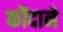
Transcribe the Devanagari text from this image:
कोंदाने